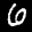
Label: 6